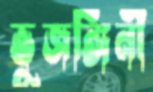
ভুজঙ্গিনী